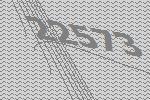
22573